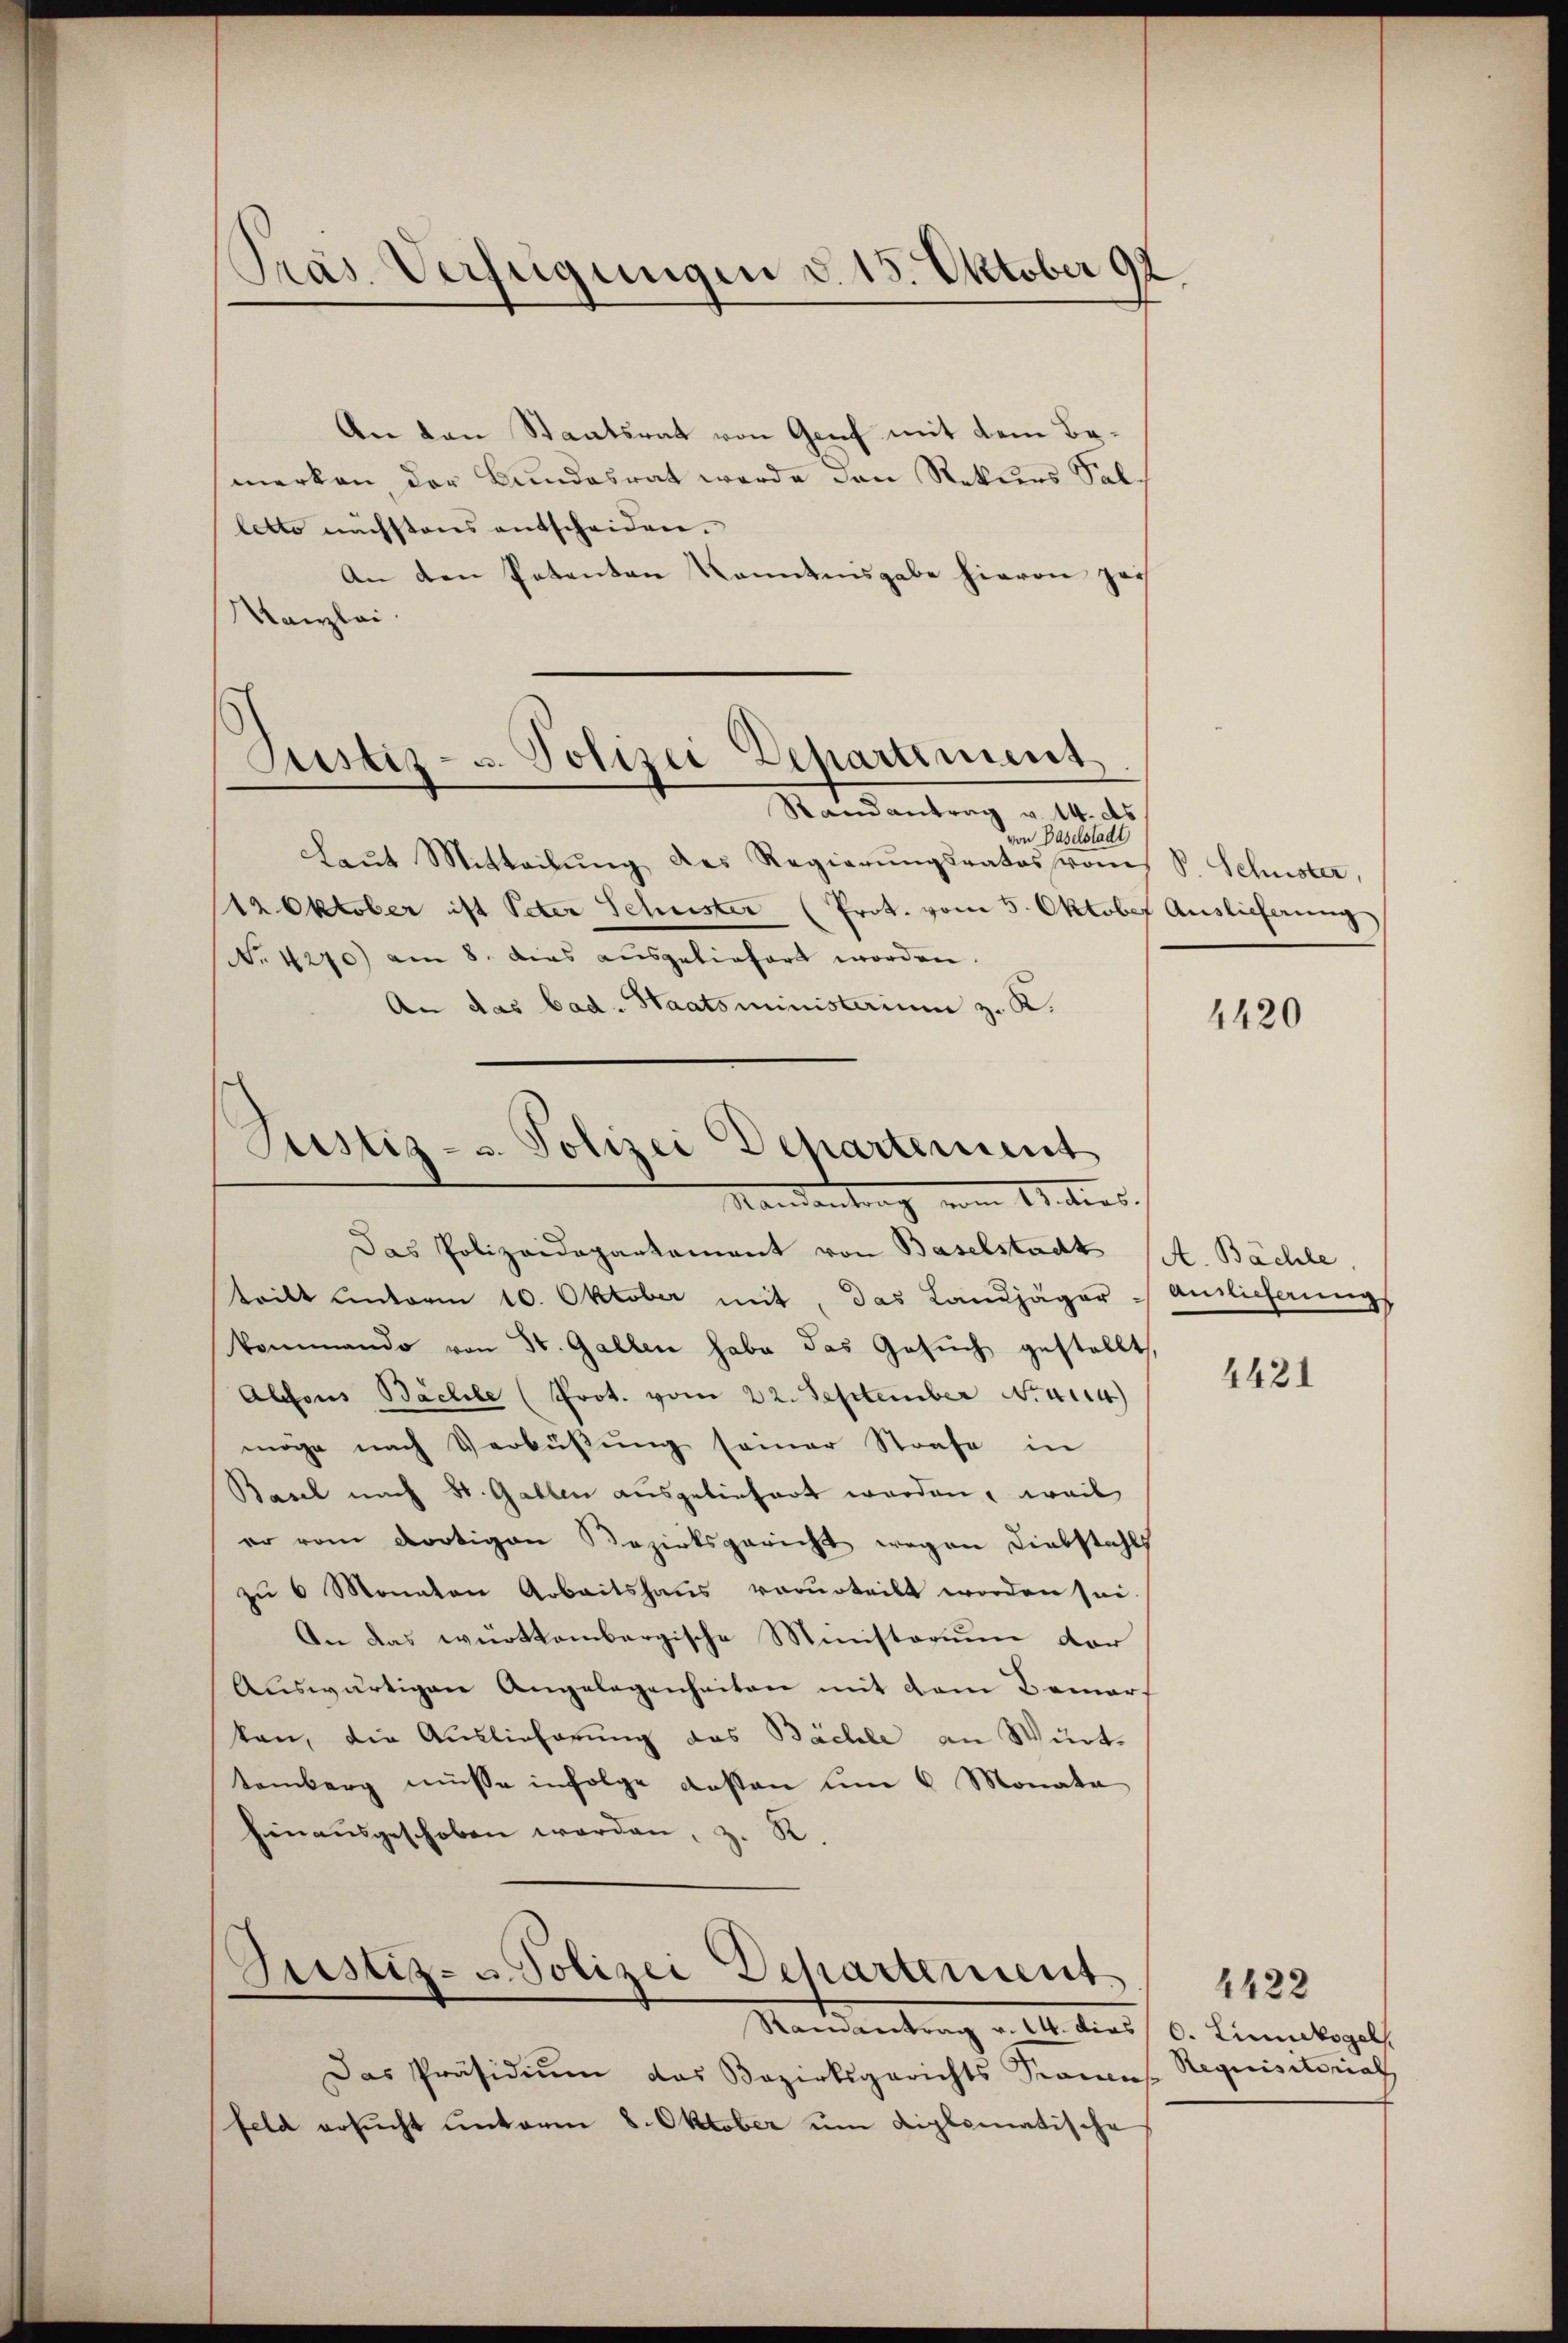
Präs. Verfügungen d. 15. Oktober 92

An den Staatsrat von Genf mit dem Bemerken, der Bundesrat werde den Rekurs Sallette nächstens entscheiden.
An den Patenten Kenntnisgabe hievon zei
Kanzlei.
von Baselstadt
Laŭt Mitteilŭng des Regierŭngsrates vons S. Schuster,
12 Oktober ist Peter Schuster (Prot. vom 5. Oktober Auslieferung
No. 4270) am 8. dies ausgeliefert worden.
An das bad. Staatsministerium z. K.
Das Polizeidepartement von Baselstadt
teilt unterm 10. Oktober mit, das Landjäger
kommando von St. Gallen habe das Gesuch gestellt
Alfons Bachele (Prot. vom 22. September N. 44)
möge nach Verbüβŭng seiner Strafe in
Basel nach St. Gallen ausgeliefert worden, weil
eo vom dortigen Bezirksgericht wegen Liebstahls
zu 6 Monaten Arbeitshaus vorurteilt worden sei.
An das württembergische Ministorium der
Auswärtigen Angelegenheiten mit dem Bomars
kan, die Auslieferung das Bächle an Württemberg müsse infolge dessen um 6 Monata
hienaŭsgeschoben worden, z. R.
Justiz- u. Polizei Departement
Ramantrag v. 14. dies
Das Präsidium das Bezirksgerichts Frances Requisitorial
feld ersucht unterm 8. Oktober um diplomatische

Justiz- u. Polizei Departement
Randantrag v. 14. ds.

Justiz- u. Polizei Departement
Mandantrag vom Unters.

4420

A. Bächle
Amlicherung

4421

4422
d. Liniekogel.